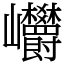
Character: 㠨